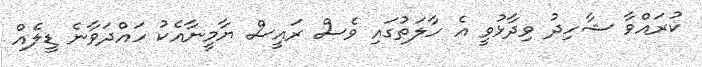
ކުރައްވާ ޝާހިދު ވިދާޅުވީ އެ ހާލަތުގައި ވެސް ރައީސް ޔާމީނާއެކު ހައްދަވާނެ ޑީލެއް